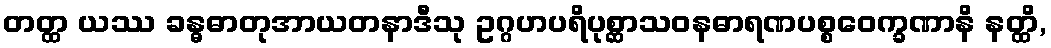
တတ္ထ ယဿ ခန္ဓဓာတုအာယတနာဒီသု ဥဂ္ဂဟပရိပုစ္ဆာသဝနဓာရဏပစ္စဝေက္ခဏာနိ နတ္ထိ,